Vaccination in Burma 1912-1922 - 1912-1922
Year: 1912
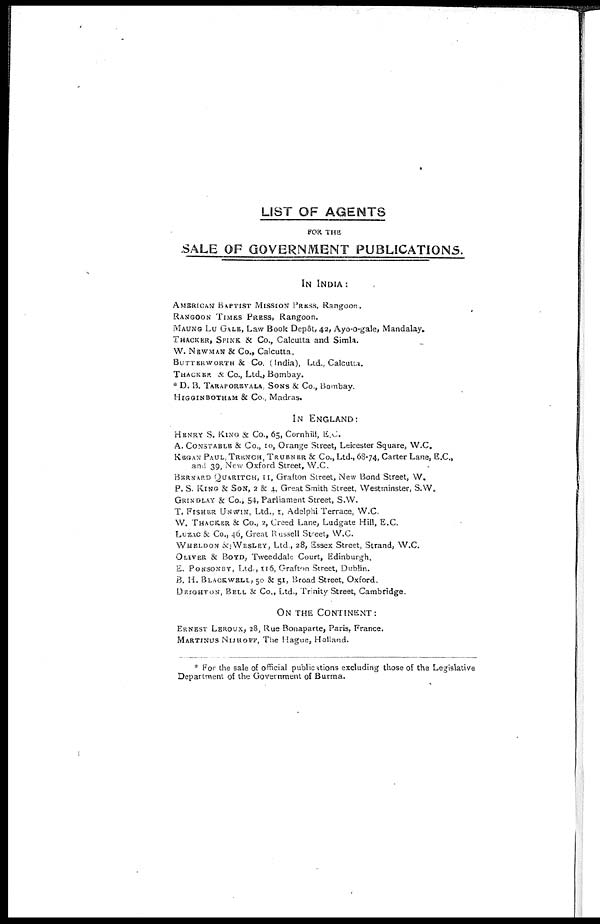
LIST OF AGENTS
FOR THE
SALE OF GOVERNMENT PUBLICATIONS.
IN INDIA:
AMERICAN BAPTIST MISSION PRESS, Rangoon.
RANGOON TIMES PRESS, Rangoon.
MAUNG LU GALE, Law Book Depôt, 42, Ayo-o-gale, Mandalay.
THACKER, SPINK. & CO., Calcutta and Simla.
W. NEWMAN & Co., Calcutta.
BUTTERWORTH & Co. (India), Ltd., Calcutta.
THACKER & CO., Ltd., Bombay.
* D. B. TARAPOREVALA, SONS & Co., Bombay.
HIGGINBOTHAM & Co., Madras.
IN ENGLAND:
HENRY S. KING & Co., 65, Cornhill, E.C.
A. CONSTABLE & Co., 10, Orange Street, Leicester Square, W.C.
KEGAN PAUL, TRENCH, TRUBNER & Co., Ltd., 68-74, Carter Lane, E.C.,
and 39, New Oxford Street, W.C.
BERNARD QUARITCH, 11, Grafton Street, New Bond Street, W.
P. S. KING & SON, 2 & 4, Great Smith Street. Westminster, S.W.
GRINDLAY & Co., 54, Parliament Street, S.W.
T. FISHER UNWIN, Ltd., 1, Adelphi Terrace, W.C.
W. THACKER & Co., 2, Creed Lane, Ludgate Hill, E.C.
LUZAC & Co., 46, Great Russell Street, W.C.
WHELDON & WESLEY, Ltd, 28, Essex Street, Strand, W.C.
OLIVER & BOYD, Tweeddale Court, Edinburgh.
E. PONSONBY, Ltd., 116, Grafton Street, Dublin.
B. H. BLACKWELL, 50 & 51, Broad Street, Oxford.
DRIGHTON, BELL & Co., Ltd., Trinity Street, Cambridge.
ON THE CONTINENT:
ERNEST LBROUX, 28, Rue Bonaparte, Paris, France.
MARTINUS NIJHOFF, The Hague, Holland.
*For the sale of official publications excluding those of the Legislative
Department of the Government of Burma.